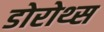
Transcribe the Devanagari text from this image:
डोरोथ्स